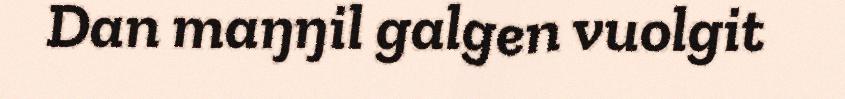
Dan maŋŋil galgen vuolgit